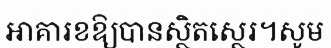
អាគារខឱ្យបានស្ថិតស្ថេរ។សូម